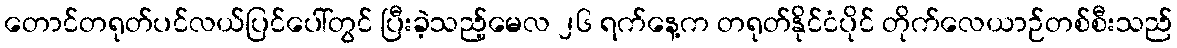
တောင်တရုတ်ပင်လယ်ပြင်ပေါ်တွင် ပြီးခဲ့သည့်မေလ ၂၆ ရက်နေ့က တရုတ်နိုင်ငံပိုင် တိုက်လေယာဉ်တစ်စီးသည်